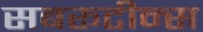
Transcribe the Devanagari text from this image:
सबरूटीन्स